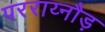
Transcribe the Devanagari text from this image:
परराय्नौड़